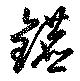
鑣